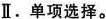
Ⅱ. 单项选择。